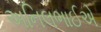
અનિલભાઈએ